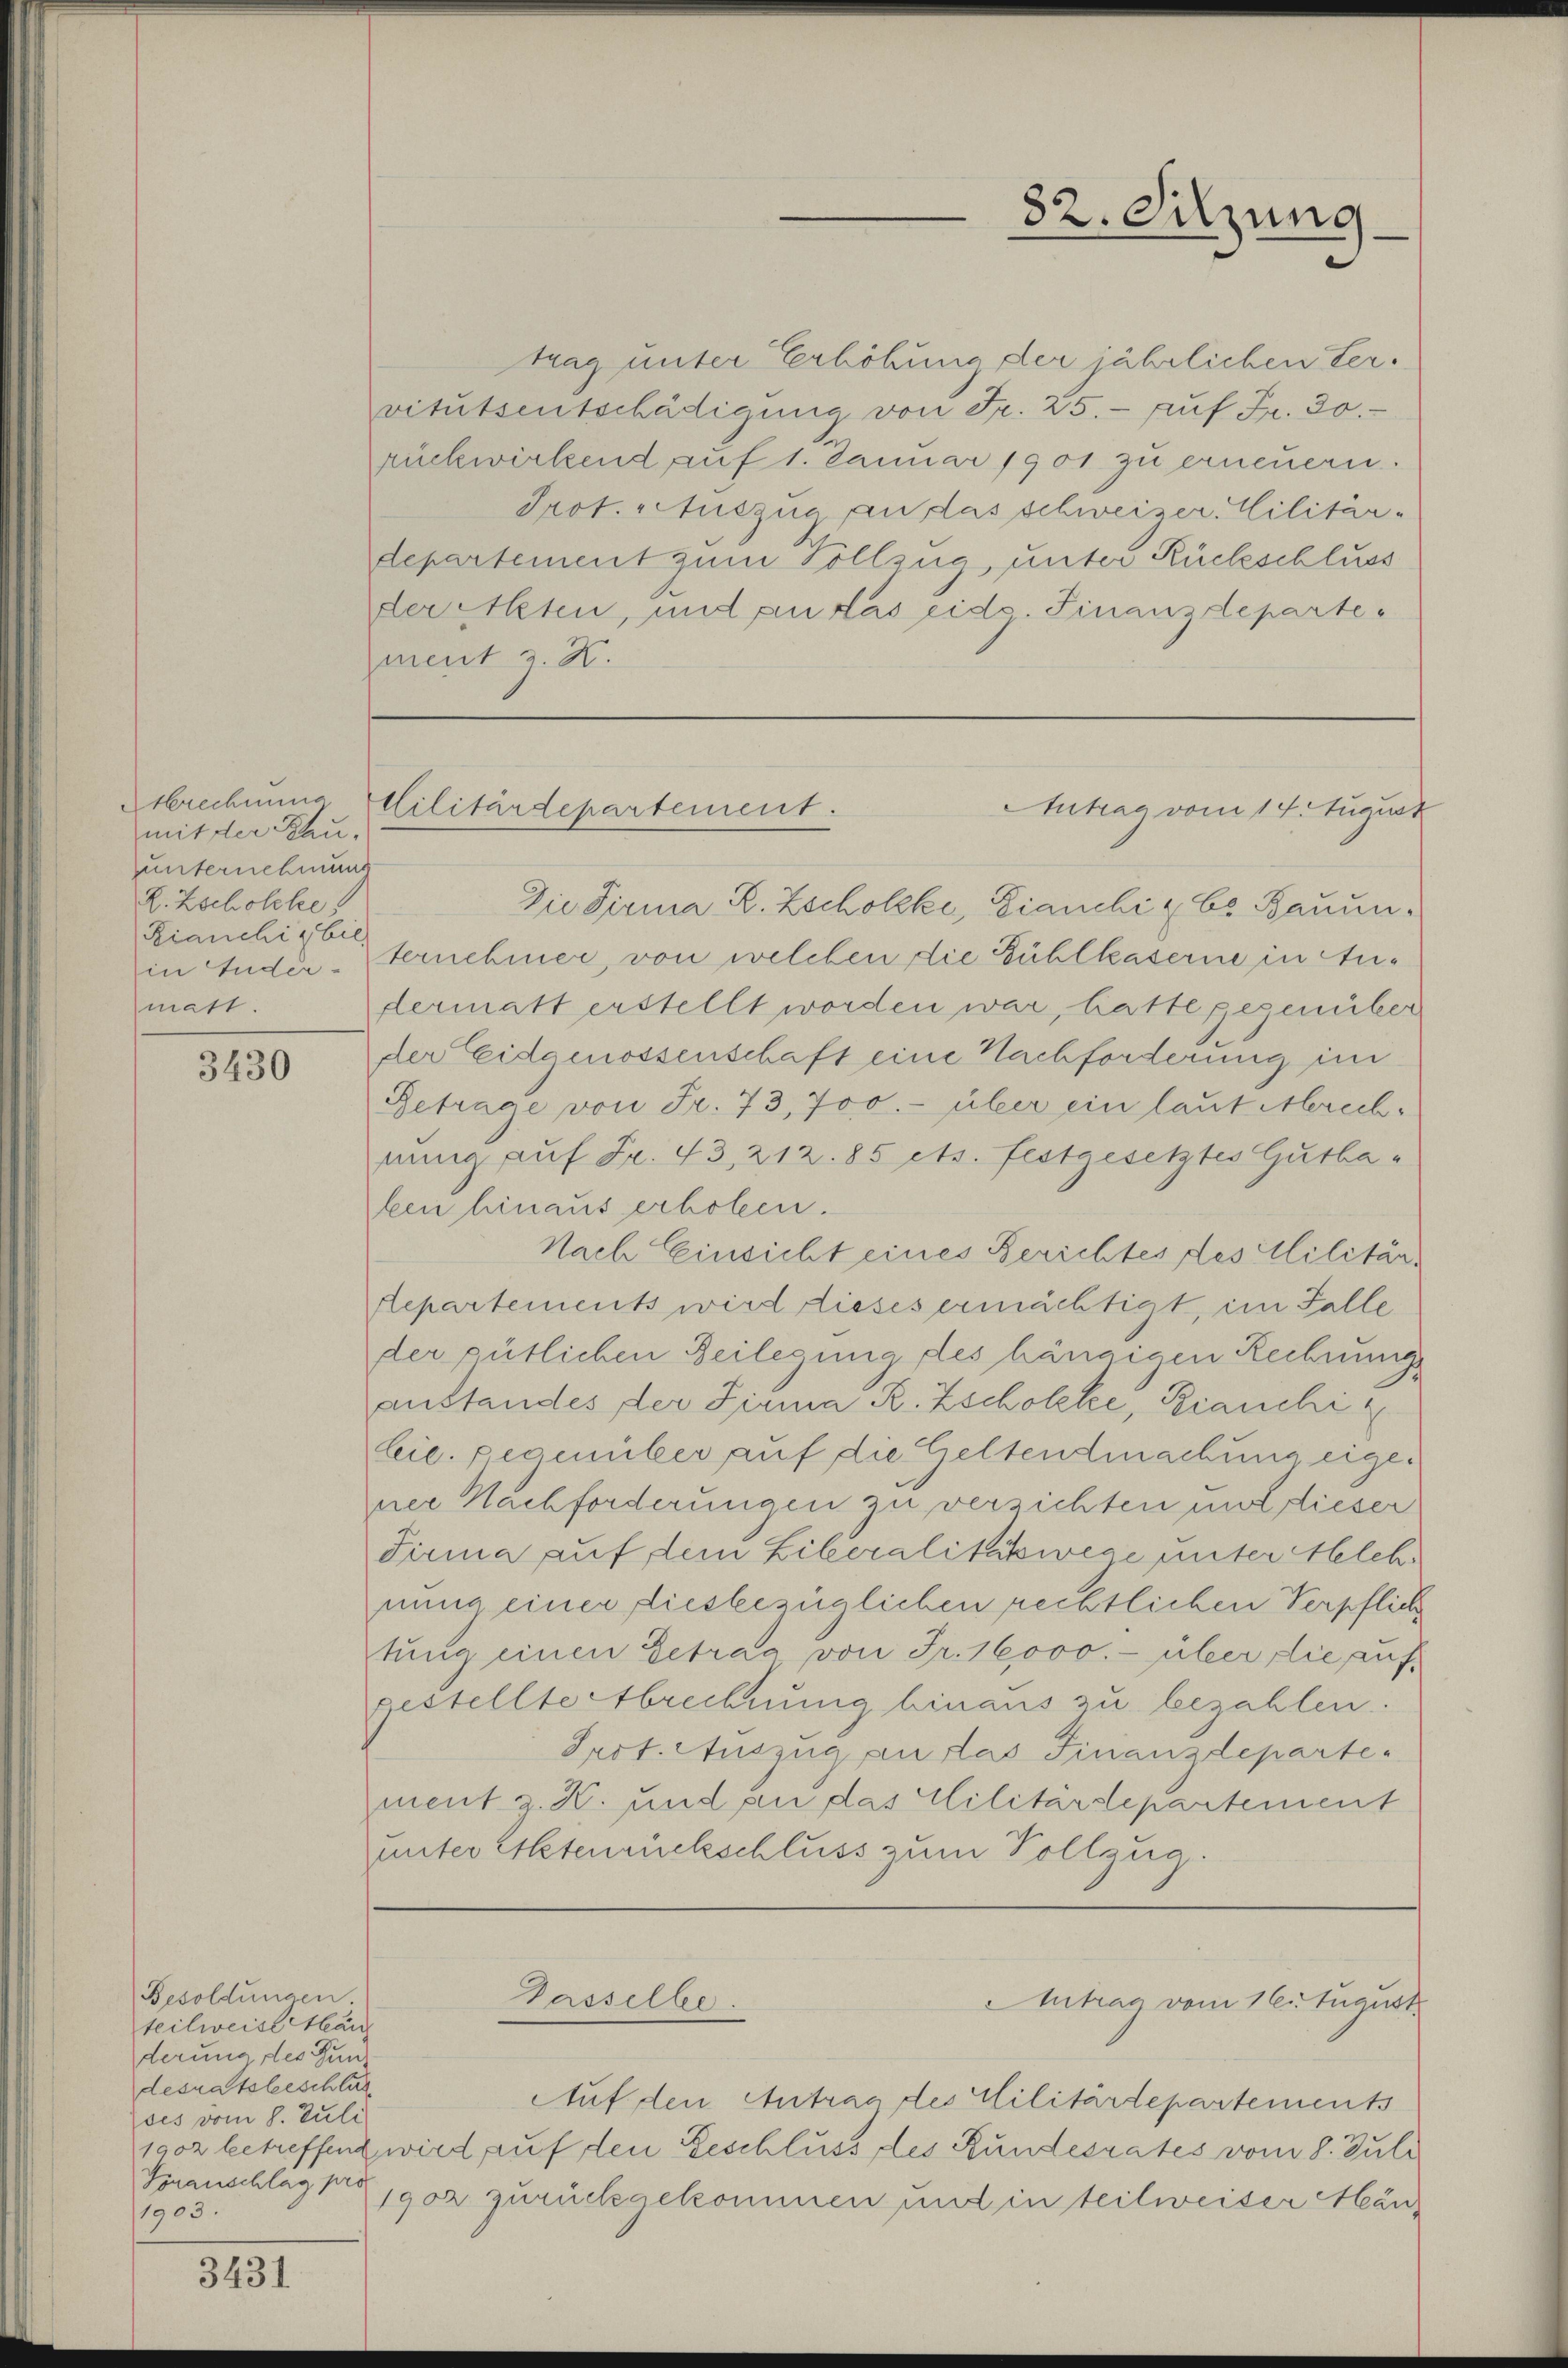
brechnung.
mit der Rauunternehmung
Z. Zscholche
Kianchig bil
in Luder-
matt.

3430

trag unter Erhöhung der jährlichen Tervitutsentschädigung von Fr. 25. - auf Fr. 30.
rückwirkend auf 1. Januar 1901 zu erneuern.
Prot. Auszug an das schweizer. Militärdepartement zum Vollzug, unter Rückschluss
der Akten, und an das eid. Finanzdepartement z. H.

Besoldungen.
teilweise Män
derung des Gunz
desratsbeschlus
ses vom 8. Juli
Genanschlag pro
1903.

3431

82. Sitzung

Die Firma R. Zscholzki, Dianchi bs Bauun
ternehmer, von welchen die Bühlkaserne in Andermatt erstellt worden war, hatte gegenüber
der Eidgenossenschaft eine Nachforderung im
Betrage von Fr. 73, 700.- über ein laut Abrechnung auf Fr. 43, 212. 85 ets. festgesetztes Gutbaben hinaus erholen.
Nach Einsicht eines Berichtes des Militär¬
Repartements wird dieses ermächtigt, im Falle
der gütlichen Beilegung des hängigen Rechnung
anstandes der Firma R. Zscholike, Bianchi u
bic. pegenüber auf die Geltendmachung eigener Nachforderungen zu versichten und dieser
Firma auf dem Liberalitätswege unter Melch
nung einer diesbezüglichen rechtlichen Verpflich
tung einen Getrag, von Fr. 16000.- über die aufgestellte Abrechnung hinaus zu bezahlen.
Irst. Auszug an das Finanzdepartement z. K. und an das Militärdepartement
hinter Erktenrückschluss zum Vollzug.

Militärdepartement.
Antrag vom 14. August

Tasselbe

Auf den Antrag des Militärdepartements
1902 betreffend wird auf den Geschluss des Bundesrates vom 8. Juli
1902 zurückgekommen und in teilweiser Män¬

Antrag vom 16. August